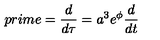
p r i m e = \frac { d } { d \tau } = a ^ { 3 } e ^ { \phi } \frac { d } { d t }